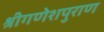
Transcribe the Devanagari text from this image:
श्रीगणेशपुराण